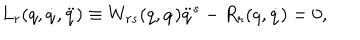
L _ { r } ( q , \dot { q } , \ddot { q } ) \equiv W _ { r s } ( q , \dot { q } ) \ddot { q } ^ { s } - R _ { r } ( q , \dot { q } ) = 0 ,